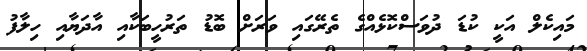
މައިކެލް އަކީ ކުޑަ ދުވަސްކޮޅެއްގެ ތެރޭގައި ވަރަށް ބޮޑު ތަރުހީބަކާއި އާދަޔާއި ހިލާފު